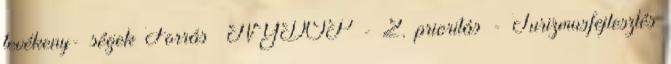
tevékeny- ségek Forrás ▪NYDOP - 2. prioritás - Turizmusfejlesztés